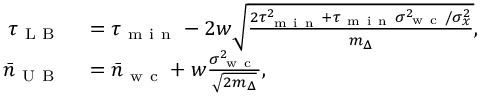
\begin{array} { r l } { \tau _ { \mathrm { ~ L ~ B ~ } } } & { { } = \tau _ { \mathrm { ~ m ~ i ~ n ~ } } - 2 w \sqrt { \frac { 2 \tau _ { \mathrm { ~ m ~ i ~ n ~ } } ^ { 2 } + \tau _ { \mathrm { ~ m ~ i ~ n ~ } } \sigma _ { \mathrm { ~ w ~ c ~ } } ^ { 2 } / \sigma _ { x } ^ { 2 } } { m _ { \Delta } } } , } \\ { \bar { n } _ { \mathrm { ~ U ~ B ~ } } } & { { } = \bar { n } _ { \mathrm { ~ w ~ c ~ } } + w \frac { \sigma _ { \mathrm { ~ w ~ c ~ } } ^ { 2 } } { \sqrt { 2 m _ { \Delta } } } , } \end{array}